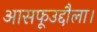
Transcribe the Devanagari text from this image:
आसफूउद्दौला।